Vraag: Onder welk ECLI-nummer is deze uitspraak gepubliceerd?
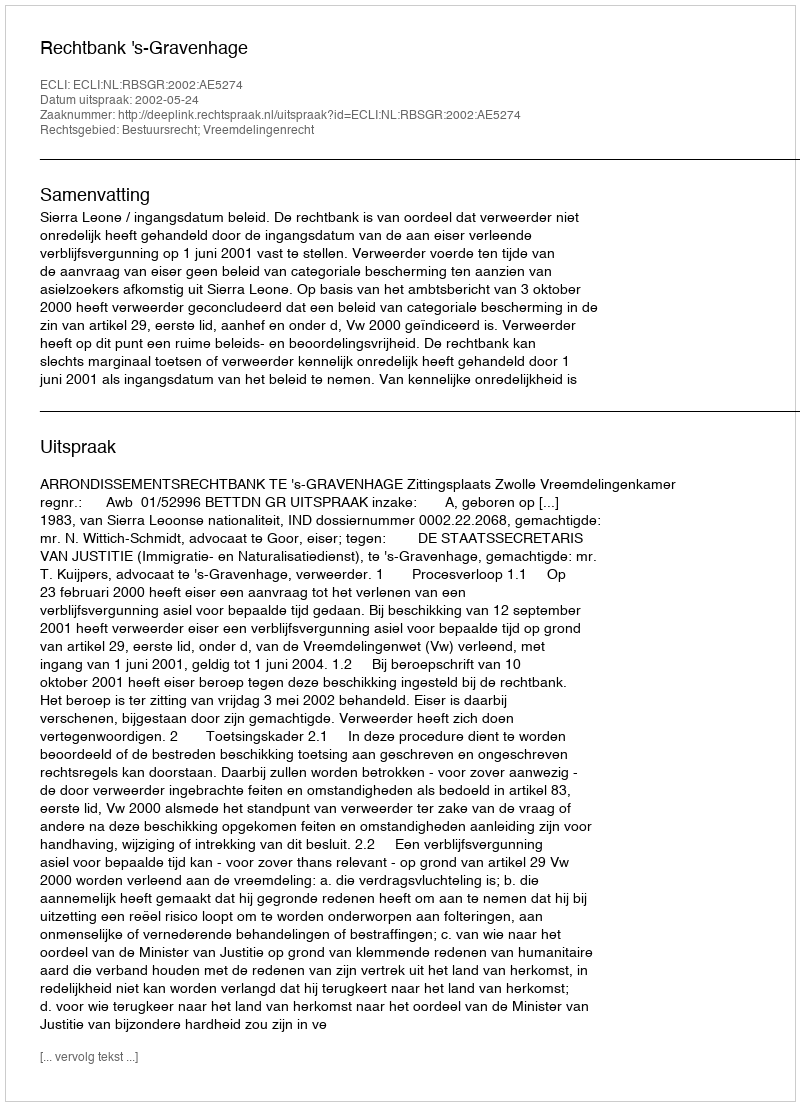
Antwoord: ECLI:NL:RBSGR:2002:AE5274